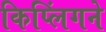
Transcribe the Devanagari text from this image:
किप्लिंगने